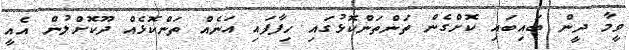
ވީމާ ދީން ބައިބައި ކޮށްގެން ތަންތަންކޮޅުގައި ހިފާފައި އަނެއް ތަންކޮޅެއް ދޫކޮށްލުން އެއީ